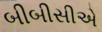
બીબીસીએ